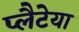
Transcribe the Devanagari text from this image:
प्लैटेया